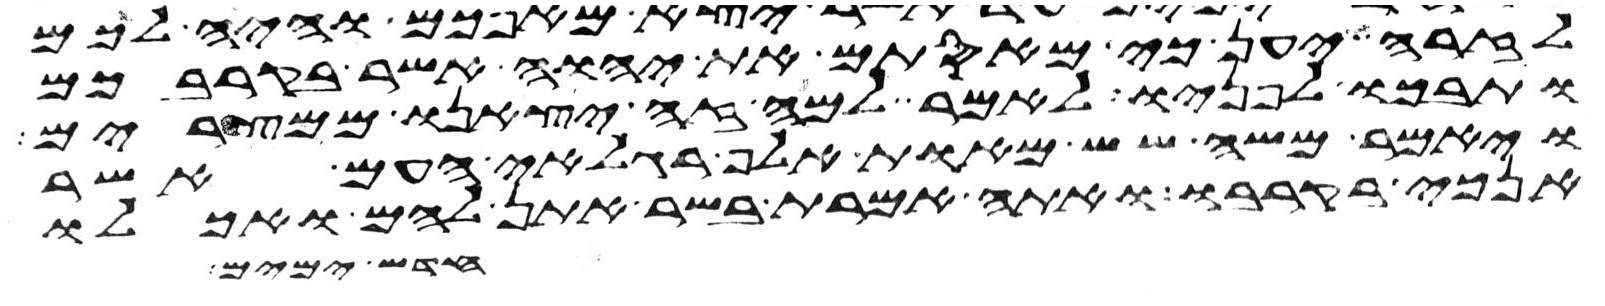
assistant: לזרה יען כי מאסתם את יהוה אשר בקרבכם
ותבכו לפניו לאמר למה זה יצאנו ממצרים
ויאמר משה שש מאות אלף רגלאי העם אשר
אנכי בקרבו ואתה אמרת בשר אתן להם ואכלו
חדש ימים